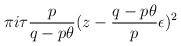
\begin{align*}\pi i\tau \frac{p}{q-p\theta}(z-\frac{q-p\theta}{p}\epsilon)^2\end{align*}